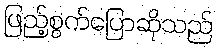
ဖြည့်စွက်ပြောဆိုသည်